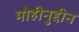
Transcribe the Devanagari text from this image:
मोहीनुद्दीन